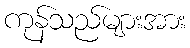
ကုန်သည်များအား